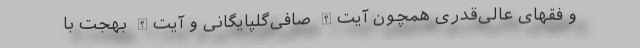
و فقهای عالی‌قدری همچون آیت‌الله صافی‌گلپایگانی و آیت‌الله بهجت با